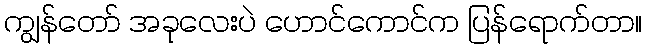
ကျွန်တော် အခုလေးပဲ ဟောင်ကောင်က ပြန်ရောက်တာ။